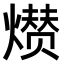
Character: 𤎺